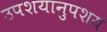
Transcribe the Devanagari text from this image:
उपशयानुपशय